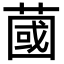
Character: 蔮